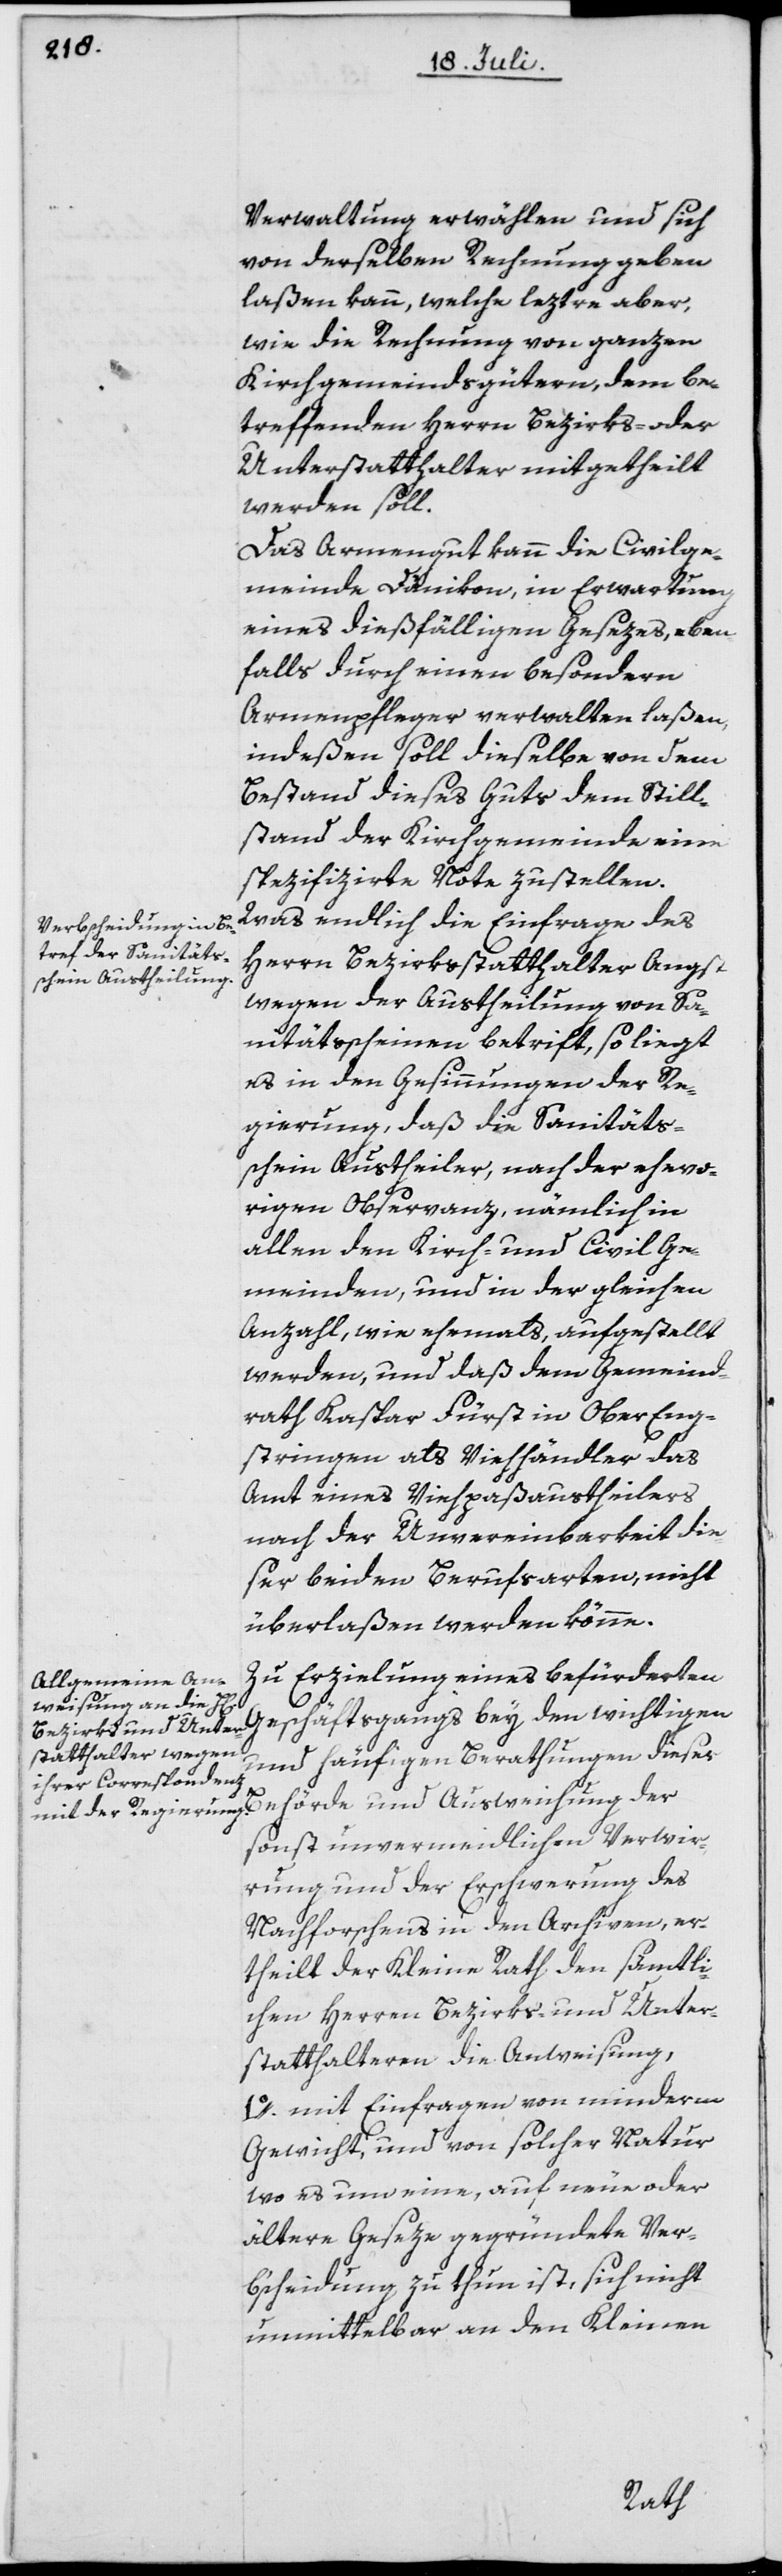
Verwaltung erwählen und sich
von derselben Rechnung geben
laßen kann, welche leztre aber,
wie die Rechnung von ganzen
Kichgemeindsgütern, dem be¬
treffenden Herrn Bezirks- oder
Unterstatthalter mitgetheilt
werden soll.
Das Armengut kann die Civilge¬
meinde Dänikon, in Erwartung
eines dießfälligen Gesezes, eben¬
falls durch einen besondern
Armenpfleger verwalten laßen,
indeßen soll dieselbe von dem
Bestand dieses Guts dem Still¬
stand der Kirchgemeinde eine
spezifizirte Note zustellen.
Was endlich die Einfrage des
Herrn Bezirksstatthalter Angst
wegen der Austheilung von Sa¬
nitätsscheinen betrift, so liegt
es in den Gesinnungen der Re¬
gierung, daß die Sanitäts¬
schein Austheiler, nach der ehevo¬
rigen Oberservanz, nämlich in
allen den Kirch- und Civil Ge¬
meinden, und in der gleichen
Anzahl, wie ehemals, aufgestellt
werden, und daß dem Gemeind¬
rath Kaspar Fürst in Ober Eng¬
stringen als Viehhändler das
Amt eines Viehpaßaustheilers
nach der Unvereinbarkeit die¬
ser beiden Berufsarten, nicht
überlaßen werden könne.
Zu Erzielung eines befürderten
Geschäftsgangs bey den wichtigen
und häufigen Berathungen dieser
sonst unvermeidlichen Verwir¬
rung und der Erschwerung des
Nachforschens in den Archiven, er¬
theilt der Kleine Rath den sämtli¬
chen Herren Bezirks- und Unter¬
statthalteren die Anweisung,
1o. mit Einfragen von minderm
Gewicht, und von solcher Natur
wo es um eine, auf neue oder
ältere Geseze gegründete Ver¬
b’scheidung zu thun ist, sich nicht
unmittelbar an den Kleinen